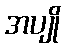
အပျို